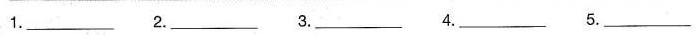
1. ___ 2. ___ 3. ___ 4. ___ 5. ___